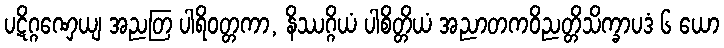
ပဋိဂ္ဂဏှေယျ အညတြ ပါရိဝတ္တကာ, နိဿဂ္ဂိယံ ပါစိတ္တိယံ အညာတကဝိညတ္တိသိက္ခာပဒံ ၆ ယော